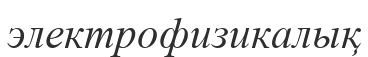
электрофизикалық